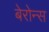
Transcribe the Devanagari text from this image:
बेरोन्स